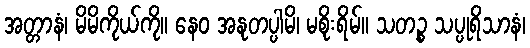
အတ္တာနံ၊ မိမိကိုယ်ကို။ နေဝ အနုတပ္ပါမိ၊ မစိုးရိမ်။ သတဉ္စ သပ္ပုရိသာနံ၊